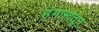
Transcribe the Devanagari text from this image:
हंगामातुन